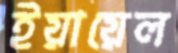
ইয়ায়েল